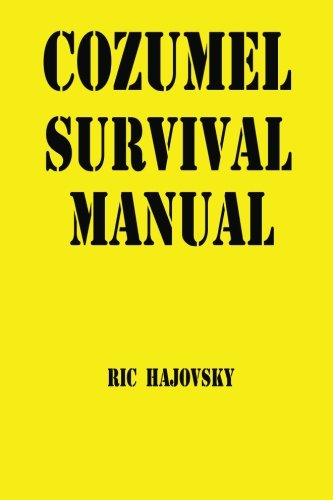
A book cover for Cozumel Survival Manual; Ric Hajovsky; Travel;